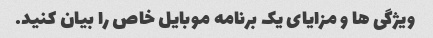
ویژگی ها و مزایای یک برنامه موبایل خاص را بیان کنید.